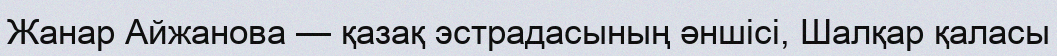
Жанар Айжанова — қазақ эстрадасының әншісі, Шалқар қаласы